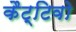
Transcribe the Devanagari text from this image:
कैट्टिवो